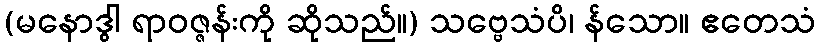
(မနောဒွါ ရာဝဇ္ဇန်းကို ဆိုသည်။) သဗ္ဗေသံပိ၊ န်သော။ ဧတေသံ